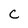
Character: C